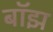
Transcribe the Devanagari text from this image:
बॉझ